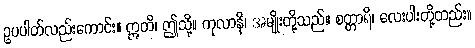
ဥပပါတ်လည်းကောင်း။ ဣတိ၊ ဤသို့။ ကုလာနိ၊ အမျိုးတို့သည်။ စတ္တာရိ၊ လေးပါးတို့တည်း။